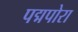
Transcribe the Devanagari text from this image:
पद्मपोरा